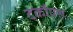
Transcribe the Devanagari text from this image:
टर्कौएश